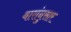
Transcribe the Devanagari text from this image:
वारांनुसार